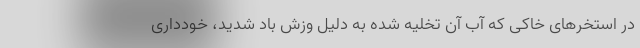
در استخرهای خاکی که آب آن تخلیه شده به دلیل وزش باد شدید، خودداری